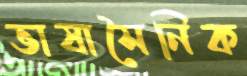
ভাষাসৈনিক